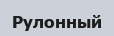
Рулонный